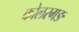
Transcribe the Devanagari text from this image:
कोलरगङ